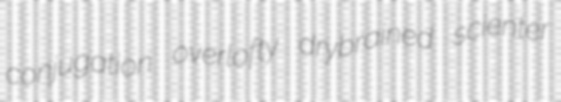
conjugation overlofty drybrained scienter